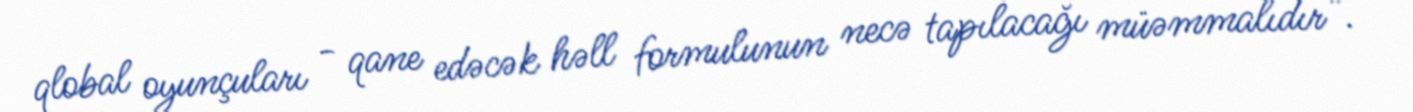
qlobal oyunçuları - qane edəcək həll formulunun necə tapılacağı müəmmalıdır”.